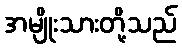
အမျိုးသားတို့သည်